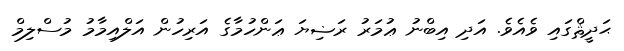
ޙަދީޘްގައި ވެއެވެ. އަދި އިބްނު ޢުމަރު ރަޟިޔަ ޢަންހުމާގެ އަރިހުން އަލްއިމާމު މުސްލިމް